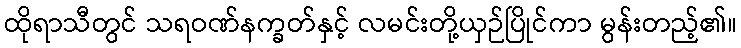
ထိုရာသီတွင် သရဝဏ်နက္ခတ်နှင့် လမင်းတို့ယှဉ်ပြိုင်ကာ မွန်းတည့်၏။